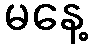
မနေ့